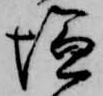
塩